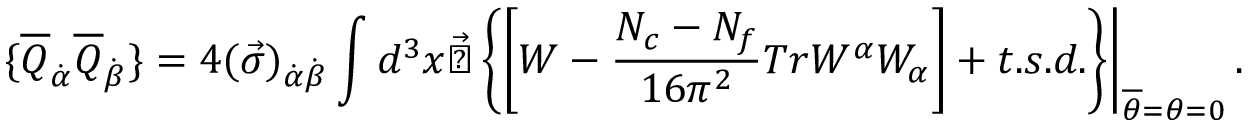
\left. \{ \overline { { { Q } } } _ { \dot { \alpha } } \overline { { { Q } } } _ { \dot { \beta } } \} = 4 ( \vec { \sigma } ) _ { \dot { \alpha } \dot { \beta } } \int d ^ { 3 } x \vec { \bigtriangledown } \left\{ \left[ W - \frac { N _ { c } - N _ { f } } { 1 6 \pi ^ { 2 } } T r W ^ { \alpha } W _ { \alpha } \right] + t . s . d . \right\} \right| _ { \overline { { { \theta } } } = \theta = 0 } .